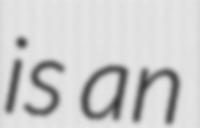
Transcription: is an